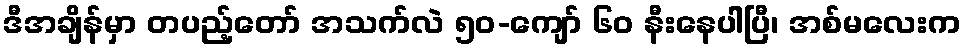
ဒီအချိန်မှာ တပည့်တော် အသက်လဲ ၅၀-ကျော် ၆၀ နီးနေပါပြီ၊ အစ်မလေးက